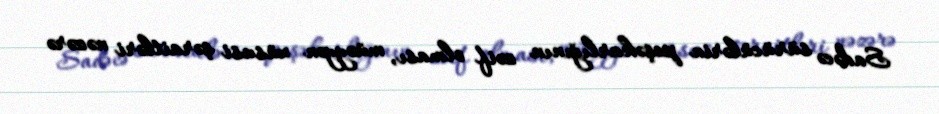
Sadəcə sürücülərin peşəkarlığının zəif olması, müəyyən xüsusi şəraitləri nəzərə